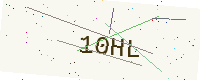
Text: 10HL